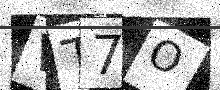
Text: VT7O